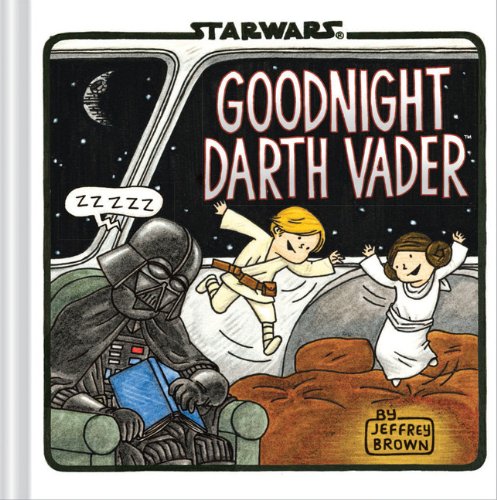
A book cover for Goodnight Darth Vader; Jeffrey Brown; Comics & Graphic Novels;